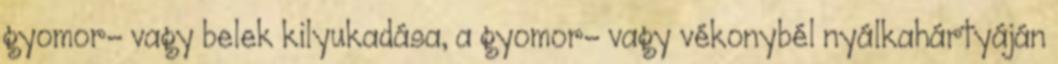
gyomor- vagy belek kilyukadása, a gyomor- vagy vékonybél nyálkahártyáján